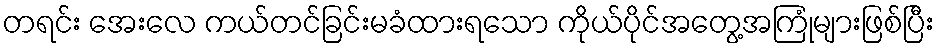
တရင်း အေးလေ ကယ်တင်ခြင်းမခံထားရသော ကိုယ်ပိုင်အတွေ့အကြုံများဖြစ်ပြီး